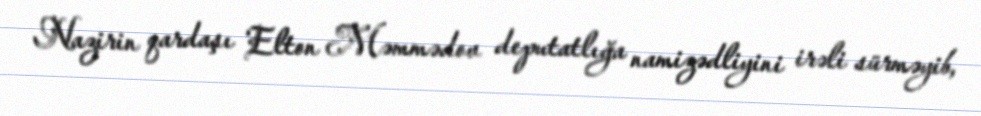
Nazirin qardaşı Elton Məmmədov deputatlığa namizədliyini irəli sürməyib,